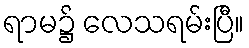
ရာမ၌ လေသရမ်းပြီ။